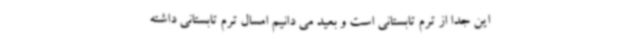
این جدا از ترم تابستانی است و بعید می دانیم امسال ترم تابستانی داشته